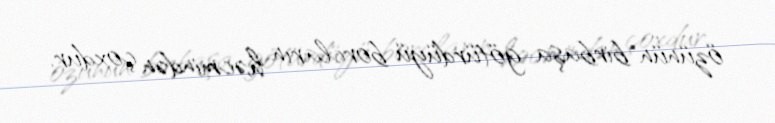
özünün birbaşa götürdüyü borcların həcmindən çoxdur.